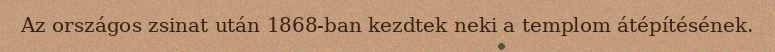
Az országos zsinat után 1868-ban kezdtek neki a templom átépítésének.